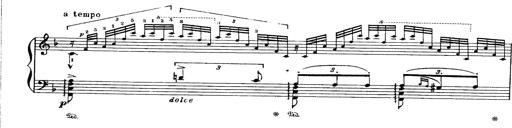
Title: Paraphrase de concert sur Ernani II
Composer: Franz Liszt